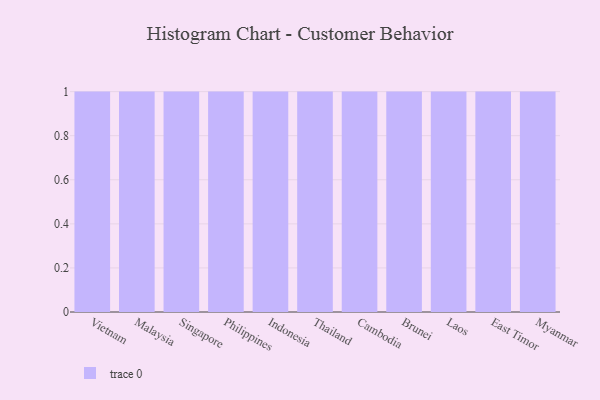
{"axis": {"x": "Country", "y": "Headcount"}, "legend": [""], "data": [{"x": "Vietnam", "y": 43, "type": ""}, {"x": "Malaysia", "y": 32, "type": ""}, {"x": "Singapore", "y": 38, "type": ""}, {"x": "Philippines", "y": 37, "type": ""}, {"x": "Indonesia", "y": 34, "type": ""}, {"x": "Thailand", "y": 72, "type": ""}, {"x": "Cambodia", "y": 17, "type": ""}, {"x": "Brunei", "y": 10, "type": ""}, {"x": "Laos", "y": 69, "type": ""}, {"x": "East Timor", "y": 33, "type": ""}, {"x": "Myanmar", "y": 11, "type": ""}]}